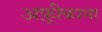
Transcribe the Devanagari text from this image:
अफ़्रीकाना